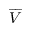
\overrightharpoon { V }